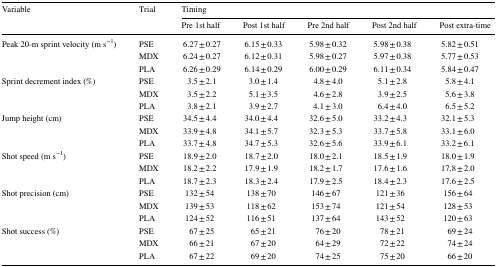
<table><thead><tr><td rowspan="2"><b>Variable</b></td><td rowspan="2"><b>Trial</b></td><td colspan="5"><b>Timing</b></td></tr><tr><td><b>Pre 1st half</b></td><td><b>Post 1st half</b></td><td><b>Pre 2nd half</b></td><td><b>Post 2nd half</b></td><td><b>Post extra-time</b></td></tr></thead><tbody><tr><td rowspan="3">Peak 20-m sprint velocity (m s<sup>−1</sup>)</td><td>PSE</td><td>6.27 ± 0.27</td><td>6.15 ± 0.33</td><td>5.98 ± 0.32</td><td>5.98 ± 0.38</td><td>5.82 ± 0.51</td></tr><tr><td>MDX</td><td>6.24 ± 0.27</td><td>6.12 ± 0.31</td><td>5.98 ± 0.27</td><td>5.97 ± 0.38</td><td>5.77 ± 0.53</td></tr><tr><td>PLA</td><td>6.26 ± 0.29</td><td>6.14 ± 0.29</td><td>6.00 ± 0.29</td><td>6.11 ± 0.34</td><td>5.84 ± 0.47</td></tr><tr><td rowspan="3">Sprint decrement index (%)</td><td>PSE</td><td>3.5 ± 2.1</td><td>3.0 ± 1.4</td><td>4.8 ± 4.0</td><td>5.1 ± 2.8</td><td>5.8 ± 4.1</td></tr><tr><td>MDX</td><td>3.5 ± 2.2</td><td>5.1 ± 3.5</td><td>4.6 ± 2.8</td><td>3.9 ± 2.5</td><td>5.6 ± 3.8</td></tr><tr><td>PLA</td><td>3.8 ± 2.1</td><td>3.9 ± 2.7</td><td>4.1 ± 3.0</td><td>6.4 ± 4.0</td><td>6.5 ± 5.2</td></tr><tr><td rowspan="3">Jump height (cm)</td><td>PSE</td><td>34.5 ± 4.4</td><td>34.0 ± 4.4</td><td>32.6 ± 5.0</td><td>33.2 ± 4.3</td><td>32.1 ± 5.3</td></tr><tr><td>MDX</td><td>33.9 ± 4.8</td><td>34.1 ± 5.7</td><td>32.3 ± 5.3</td><td>33.7 ± 5.8</td><td>33.1 ± 6.0</td></tr><tr><td>PLA</td><td>33.7 ± 4.8</td><td>34.7 ± 5.3</td><td>32.6 ± 5.6</td><td>33.9 ± 6.1</td><td>33.2 ± 6.1</td></tr><tr><td rowspan="3">Shot speed (m s<sup>−1</sup>)</td><td>PSE</td><td>18.9 ± 2.0</td><td>18.7 ± 2.0</td><td>18.0 ± 2.1</td><td>18.5 ± 1.9</td><td>18.0 ± 1.9</td></tr><tr><td>MDX</td><td>18.2 ± 2.2</td><td>17.9 ± 1.9</td><td>18.2 ± 1.7</td><td>17.6 ± 1.6</td><td>17.8 ± 2.0</td></tr><tr><td>PLA</td><td>18.7 ± 2.3</td><td>18.3 ± 2.4</td><td>17.9 ± 2.5</td><td>18.4 ± 2.3</td><td>17.6 ± 2.5</td></tr><tr><td rowspan="3">Shot precision (cm)</td><td>PSE</td><td>132 ± 54</td><td>138 ± 70</td><td>146 ± 67</td><td>121 ± 36</td><td>156 ± 64</td></tr><tr><td>MDX</td><td>139 ± 53</td><td>118 ± 62</td><td>153 ± 74</td><td>121 ± 54</td><td>128 ± 53</td></tr><tr><td>PLA</td><td>124 ± 52</td><td>116 ± 51</td><td>137 ± 64</td><td>143 ± 52</td><td>120 ± 63</td></tr><tr><td rowspan="3">Shot success (%)</td><td>PSE</td><td>67 ± 25</td><td>65 ± 21</td><td>76 ± 20</td><td>78 ± 21</td><td>69 ± 24</td></tr><tr><td>MDX</td><td>66 ± 21</td><td>67 ± 20</td><td>64 ± 29</td><td>72 ± 22</td><td>74 ± 24</td></tr><tr><td>PLA</td><td>67 ± 22</td><td>69 ± 20</td><td>74 ± 25</td><td>75 ± 20</td><td>66 ± 20</td></tr></tbody></table>